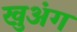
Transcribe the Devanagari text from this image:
खुअंग